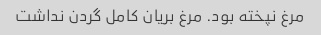
مرغ نپخته بود. مرغ بریان کامل گردن نداشت